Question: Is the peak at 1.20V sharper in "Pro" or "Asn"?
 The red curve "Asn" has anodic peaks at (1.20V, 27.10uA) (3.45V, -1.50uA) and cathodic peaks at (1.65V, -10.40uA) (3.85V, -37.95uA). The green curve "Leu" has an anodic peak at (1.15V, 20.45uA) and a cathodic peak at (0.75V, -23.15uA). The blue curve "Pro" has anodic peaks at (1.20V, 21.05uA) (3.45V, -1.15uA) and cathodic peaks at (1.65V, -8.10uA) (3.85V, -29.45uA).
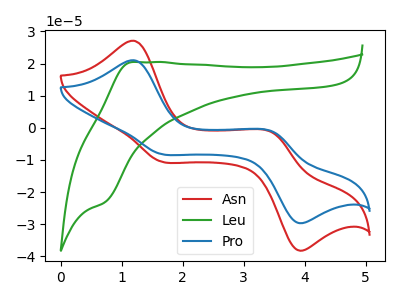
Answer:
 <answer>The peak at 1.20V is lower in "Pro" than in "Asn".</answer>
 <eval>lower</eval>